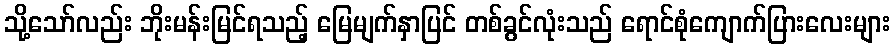
သို့သော်လည်း ဘိုးမန်းမြင်ရသည့် မြေမျက်နှာပြင် တစ်ခွင်လုံးသည် ရောင်စုံကျောက်ပြားလေးများ